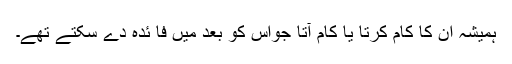
ہمیشہ اُن کا کام کرتا یا کام آتا جواس کو بعد میں فا ئدہ دے سکتے تھے۔